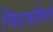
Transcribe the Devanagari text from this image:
चिटकविले